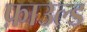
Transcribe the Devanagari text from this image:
फ़ाउल्ड